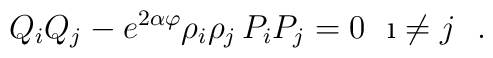
Q_iQ_j-e^{2\alpha\varphi}\rho_i\rho_j\, P_iP_j=0\ \ \i\neq j\ \ .